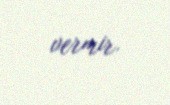
vermir.